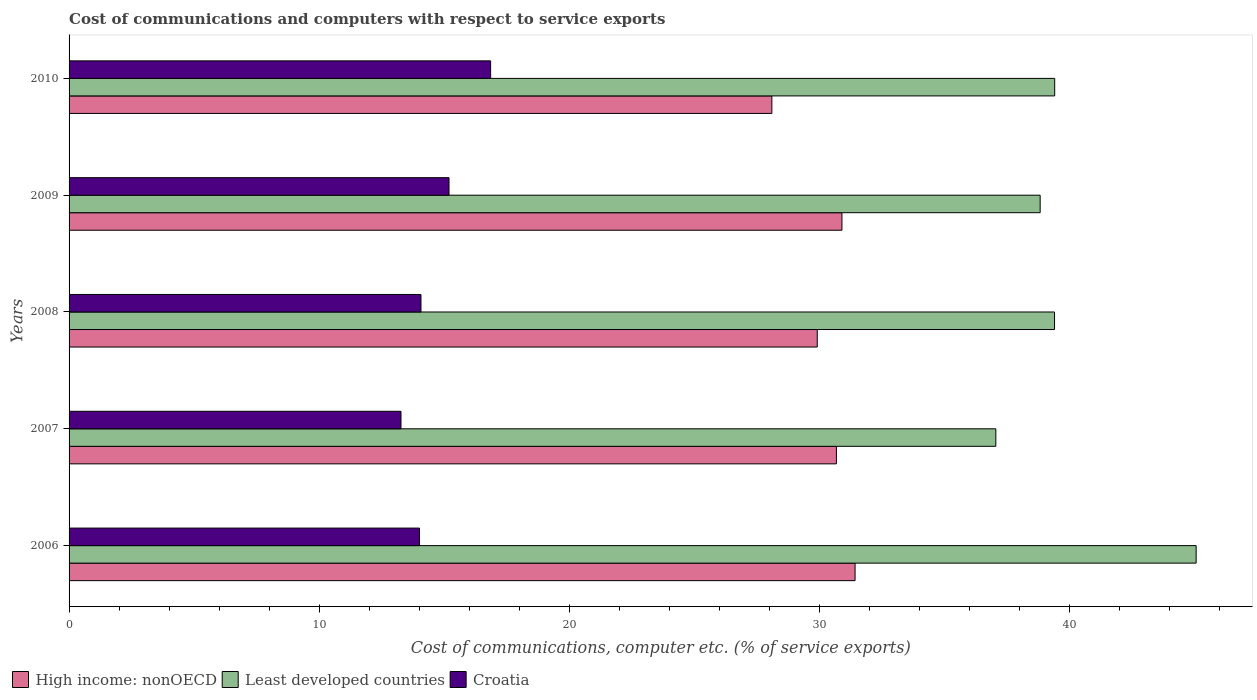
| Years | High income: nonOECD | Least developed countries | Croatia |
 | --- | --- | --- | --- |
 | 2006 | 31.4 | 45.1 | 14 |
 | 2007 | 30.7 | 37 | 13.3 |
 | 2008 | 29.9 | 39.4 | 14.1 |
 | 2009 | 30.9 | 38.8 | 15.2 |
 | 2010 | 28.1 | 39.4 | 16.9 |